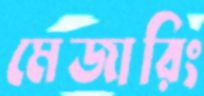
মেজারিং